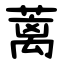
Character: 蓠